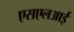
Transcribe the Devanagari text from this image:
एसएलआई